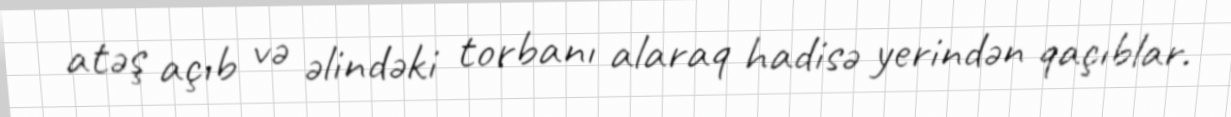
atəş açıb və əlindəki torbanı alaraq hadisə yerindən qaçıblar.